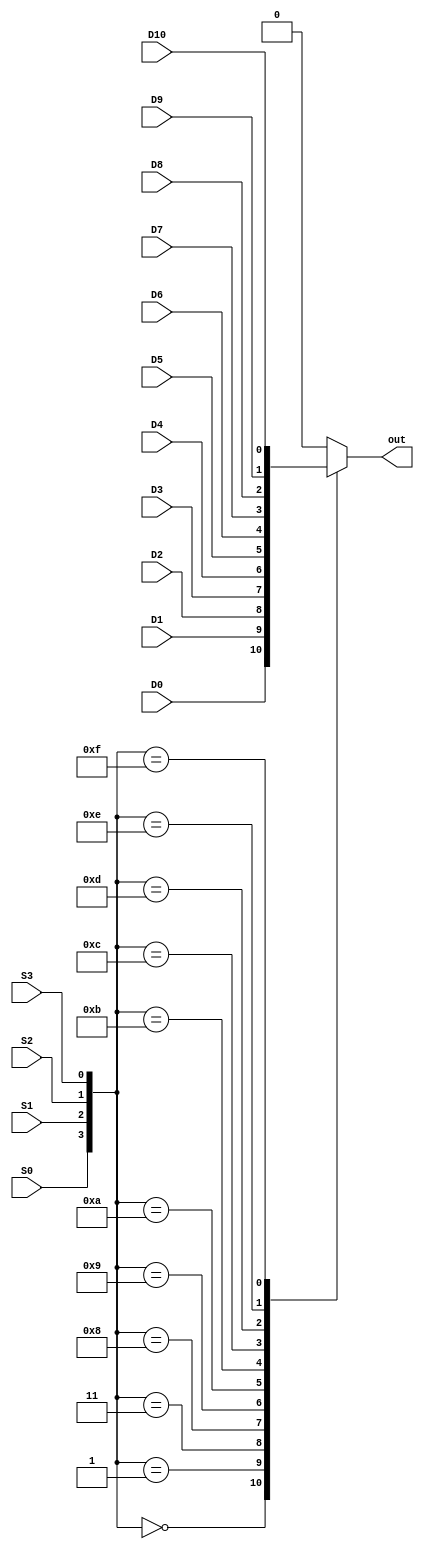
module mux16_1b(out, D0, D1, D2, D3, D4, D5, D6, D7,D8,D9,D10, S0, S1, S2,S3);
input wire D0, D1, D2, D3, D4, D5, D6, D7,D8,D9,D10;
input wire S0, S1, S2 ,S3;
output reg out;
always@(*)
begin
case({S0, S1 , S2 ,S3})
4'b0000: out=D0;
4'b0001: out=D1;
4'b0011: out=D2;
4'b1000: out=D3;
4'b1001: out=D4;
4'b1010: out=D5;
4'b1011: out=D6;
4'b1100: out=D7;
4'b1101: out=D8;
4'b1110: out=D9;
4'b1111: out=D10;
default: out=1'b0;
endcase
end
endmodule